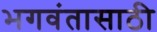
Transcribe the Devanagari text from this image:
भगवंतासाठी